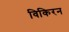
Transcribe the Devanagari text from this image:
विकिरन